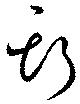
斯